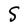
Character: S